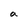
Character: a